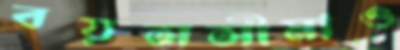
বয়সসীমাও